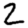
Digit: 2